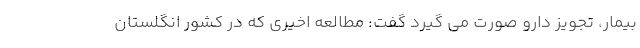
بیمار، تجویز دارو صورت می گیرد گفت: مطالعه اخیری که در کشور انگلستان